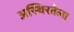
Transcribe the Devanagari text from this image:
अस्थिरतेला